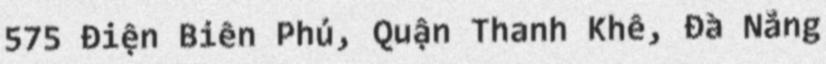
575 Điện Biên Phủ, Quận Thanh Khê, Đà Nẵng